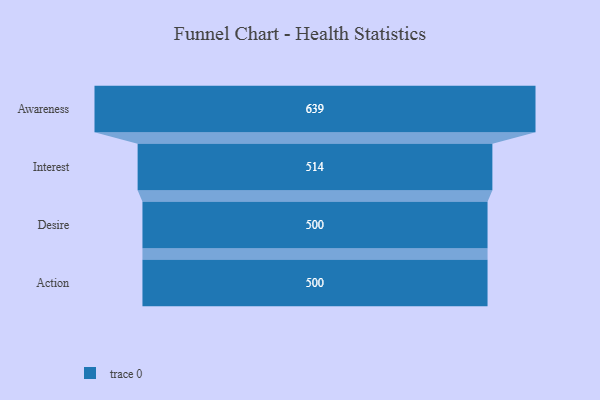
{"axis": {"x": "Stage", "y": "Value"}, "legend": [""], "data": [{"x": "Awareness", "y": 639.0, "type": ""}, {"x": "Interest", "y": 514.0, "type": ""}, {"x": "Desire", "y": 500, "type": ""}, {"x": "Action", "y": 500, "type": ""}]}